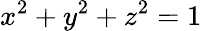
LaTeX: x^{2}+y^{2}+z^{2}=1